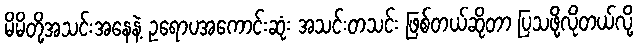
မိမိတို့အသင်းအနေနဲ့ ဥရောပအကောင်းဆုံး အသင်းတသင်း ဖြစ်တယ်ဆိုတာ ပြသဖို့လိုတယ်လို့